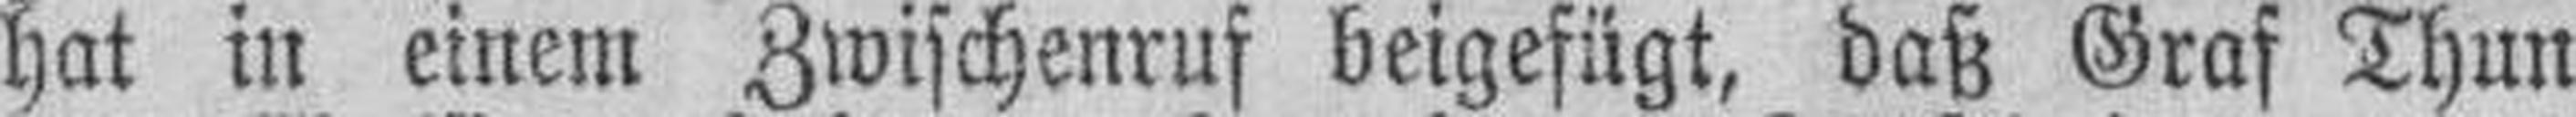
hat in einem Zwischenruf beigefügt, daß Graf Thun